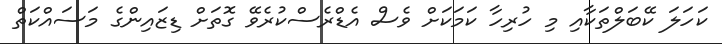
ކަހަލަ ކޭބަލްތަކާއި މި ހުރިހާ ކަމަކަށް ވެސް އެޑްރެސްކުރެވޭ ގޮތަށް ޑިޒައިންގެ މަސައްކަތް